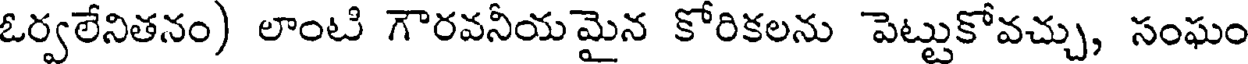
ఓర్వలేనితనం) లాంటి గౌరవనీయమైన కోరికలను పెట్టుకోవచ్చు, సంఘం